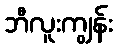
ဘီလူးကျွန်း